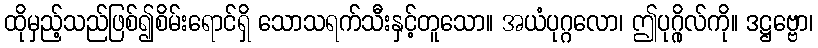
ထိုမှည့်သည်ဖြစ်၍စိမ်းရောင်ရှိ သောသရက်သီးနှင့်တူသော။ အယံပုဂ္ဂလော၊ ဤပုဂ္ဂိုလ်ကို။ ဒဋ္ဌဗ္ဗော၊